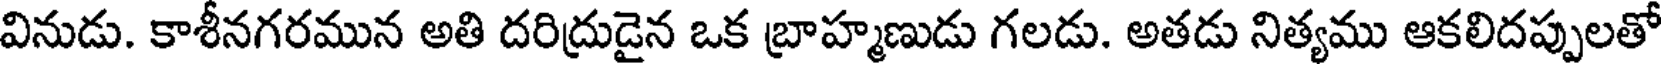
వినుడు. కాశీనగరమున అతి దరిద్రుడైన ఒక బ్రాహ్మణుడు గలడు. అతడు నిత్యము ఆకలిదప్పులతో